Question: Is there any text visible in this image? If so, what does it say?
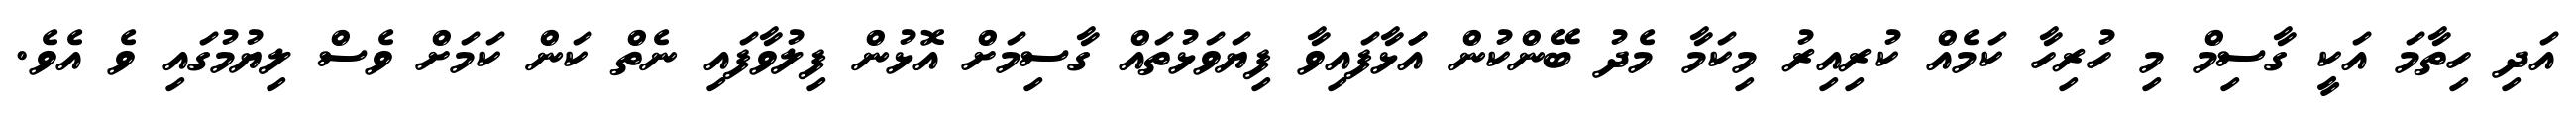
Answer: އަދި ހިތާމަ އަކީ ގާސިމް މި ހުރިހާ ކަމެއް ކުރިއިރު މިކަމާ މެދު ބޭންކުން އަަޅާފައިވާ ފިޔަވަޅުތައް ގާސިމަށް އޮޅުން ފިލުވާފައި ނެތް ކަން ކަމަށް ވެސް ލިޔުމުގައި ވެ އެވެ.